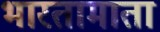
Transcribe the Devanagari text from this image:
भारतामाता